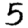
Digit: 5